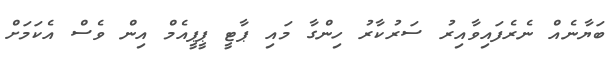
ބަޔާނެއް ނެރެފައިވާއިރު ސަރުކާރު ހިންގާ މައި ޕާޓީ ޕީޕީއެމް އިން ވެސް އެކަމަށް